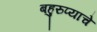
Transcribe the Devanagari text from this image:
बहुरुप्याचे